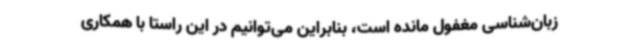
زبان‌شناسی مغفول مانده است، بنابراین می‌توانیم در این راستا با همکاری